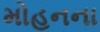
મોહનના